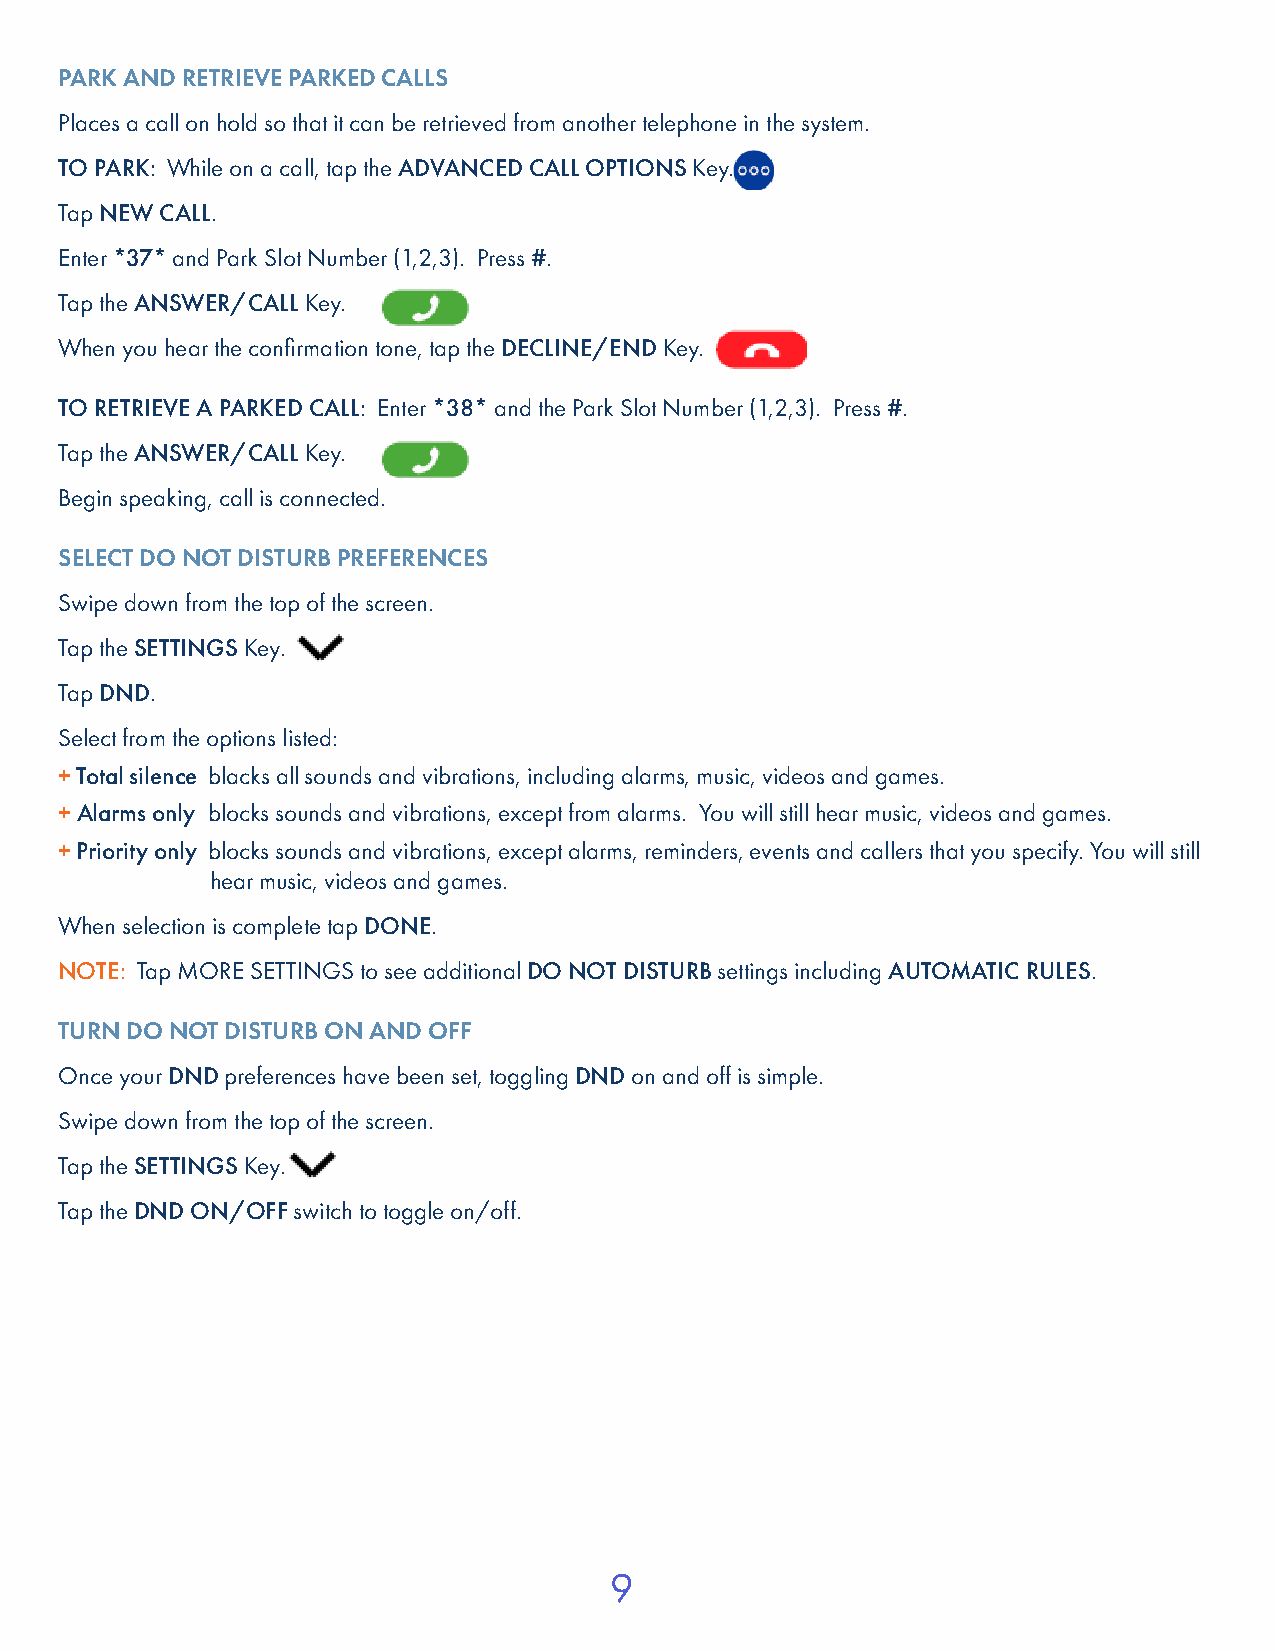
PARK AND RETRIEVE PARKED CALLS
 Places a call on hold so that it can be retrieved from another telephone in the system.
 TO PARK: While on a call, tap the ADVANCED CALL OPTIONS Key.
 Tap NEW CALL.
 Enter *37* and Park Slot Number (1,2,3). Press #.
 Tap the ANSWER/CALL Key.
 When you hear the confirmation tone, tap the DECLINE/END Key.
 TO RETRIEVE A PARKED CALL: Enter *38* and the Park Slot Number (1,2,3). Press #.
 Tap the ANSWER/CALL Key.
 Begin speaking, call is connected.
 SELECT DO NOT DISTURB PREFERENCES
 Swipe down from the top of the screen.
 Tap the SETTINGS Key.
 Tap DND.
 Select from the options listed:
 + Total silence blacks all sounds and vibrations, including alarms, music, videos and games.
 + Alarms only blocks sounds and vibrations, except from alarms. You will still hear music, videos and games.
 + Priority only blocks sounds and vibrations, except alarms, reminders, events and callers that you specify. You will still
 hear music, videos and games.
 When selection is complete tap DONE.
 NOTE: Tap MORE SETTINGS to see additional DO NOT DISTURB settings including AUTOMATIC RULES.
 TURN DO NOT DISTURB ON AND OFF
 Once your DND preferences have been set, toggling DND on and off is simple.
 Swipe down from the top of the screen.
 Tap the SETTINGS Key.
 Tap the DND ON/OFF switch to toggle on/off.
 9